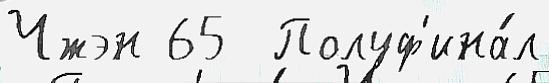
Чжэн 65  Полуф'ина́л